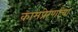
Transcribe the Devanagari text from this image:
कामप्रेरणांचा